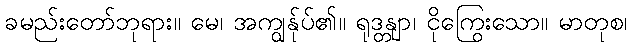
ခမည်းတော်ဘုရား။ မေ၊ အကျွန်ုပ်၏။ ရုဒန္တျာ၊ ငိုကြွေးသော။ မာတုစ၊